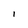
Character: l